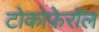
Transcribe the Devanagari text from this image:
टोकोफ़ेरॉल